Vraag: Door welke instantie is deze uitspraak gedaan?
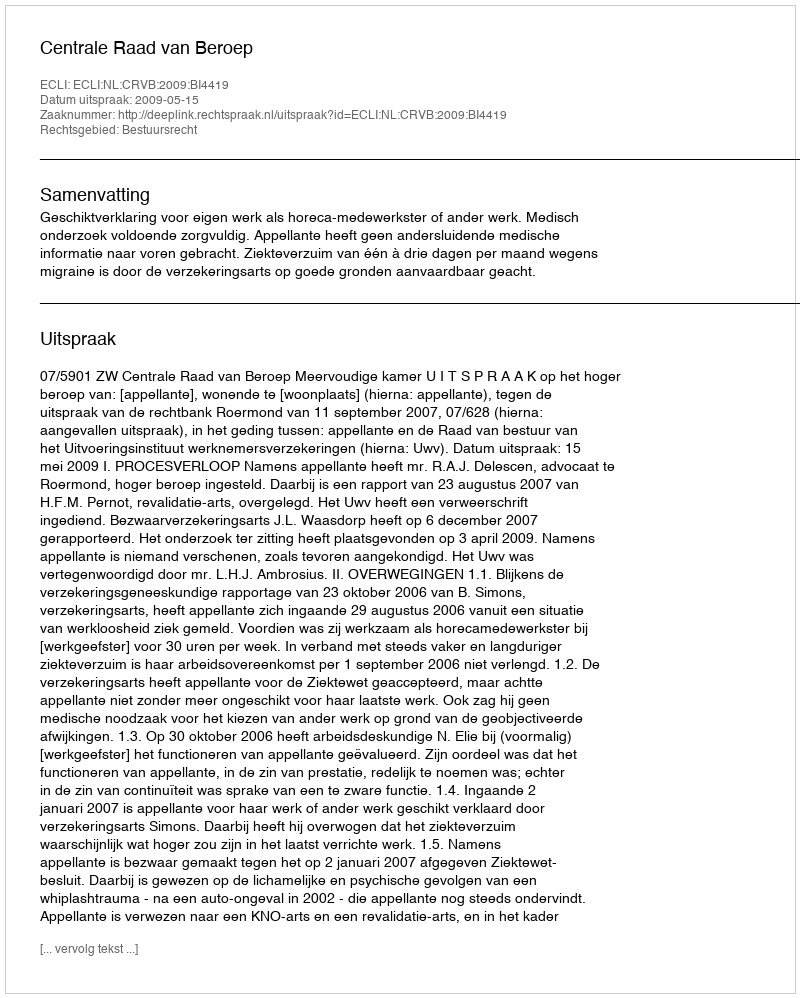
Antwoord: Centrale Raad van Beroep